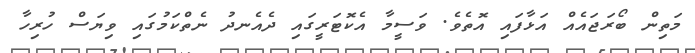
މަތިން ބޯރަޖައެއް އަޅާފައި އޮތެވެ. ވަސީމާ އެކޮޓަރީގައި ދެއެނދު ނެތްކަމުގައި ވިޔަސް ހުރިހާ